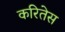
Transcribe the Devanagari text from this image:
करितेस